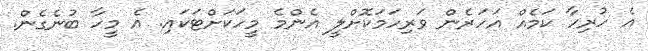
އެ ހުރިހާ ކަމެއް އަހަރެން ވަރިހަމަކޮށްލީ އެންމެ މީހަކަށްޓަކައި. އެ މީހާ ބުނެގެން.